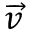
\overrightarrow { v }